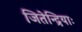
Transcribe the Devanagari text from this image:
जितेन्द्रियाः